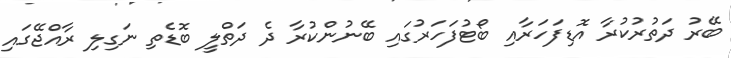
ބޭރު ދަތުރުކުރާ އޮޑިފަހަރާއި ބޯޓުފަހަރުގައި ބޭނުންކުރާ ދެ ދަތްލީ ބޮޑެތި ނަގިލި ރާއްޖޭގައި